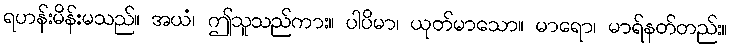
ရဟန်းမိန်းမသည်။ အယံ၊ ဤသူသည်ကား။ ပါပိမာ၊ ယုတ်မာသော။ မာရော၊ မာရ်နတ်တည်း။